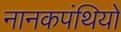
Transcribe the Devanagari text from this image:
नानकपंथियों